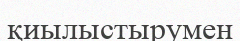
қиылыстырумен